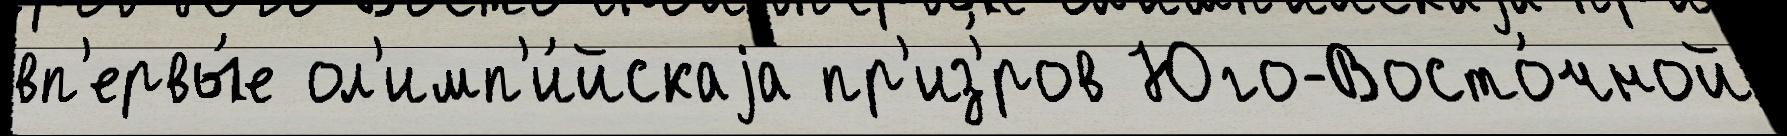
вп'ервы́е ол'имп'и́йскаjа пр'из'́ров Юго-Восто́чной